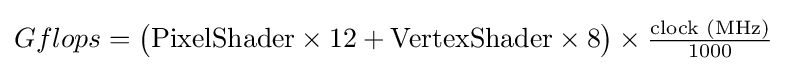
{\textstyle Gflops={\bigl (}{\text{PixelShader}}\times 12+{\text{VertexShader}}\times 8{\bigr )}\times {\frac {\text{clock (MHz)}}{1000}}}